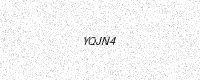
Text: YQJN4